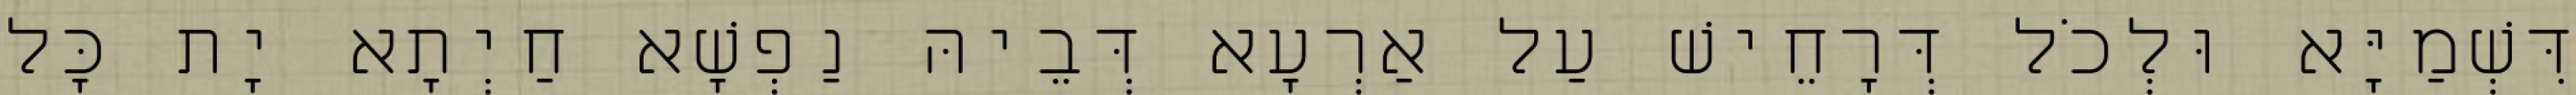
דִּשְׁמַיָּא וּלְכֹל דְּרָחֵישׁ עַל אַרְעָא דְּבֵיהּ נַפְשָׁא חַיְתָא יָת כָּל